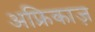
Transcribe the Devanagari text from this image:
अफ्रिकाज़